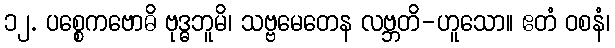
၁၂. ပစ္စေကဗောဓိ ဗုဒ္ဓဘူမိ၊ သဗ္ဗမေတေန လဗ္ဘတိ-ဟူသော။ ဧတံ ဝစနံ၊